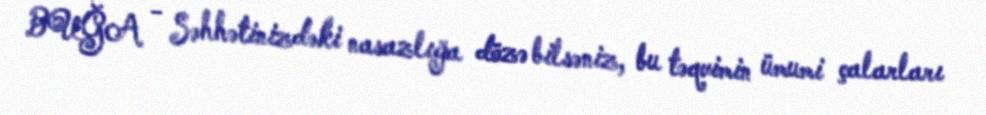
BUĞA - Səhhətinizdəki nasazlığa dözə bilsəniz, bu təqvimin ümumi çalarları